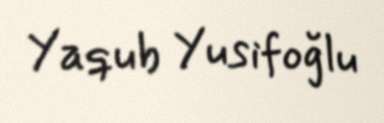
Yaqub Yusifoğlu